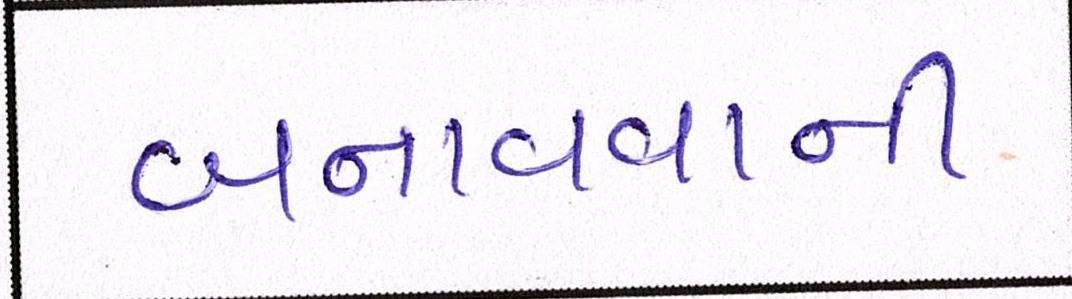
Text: બનાવવાની